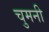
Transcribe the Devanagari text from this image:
चुमनी